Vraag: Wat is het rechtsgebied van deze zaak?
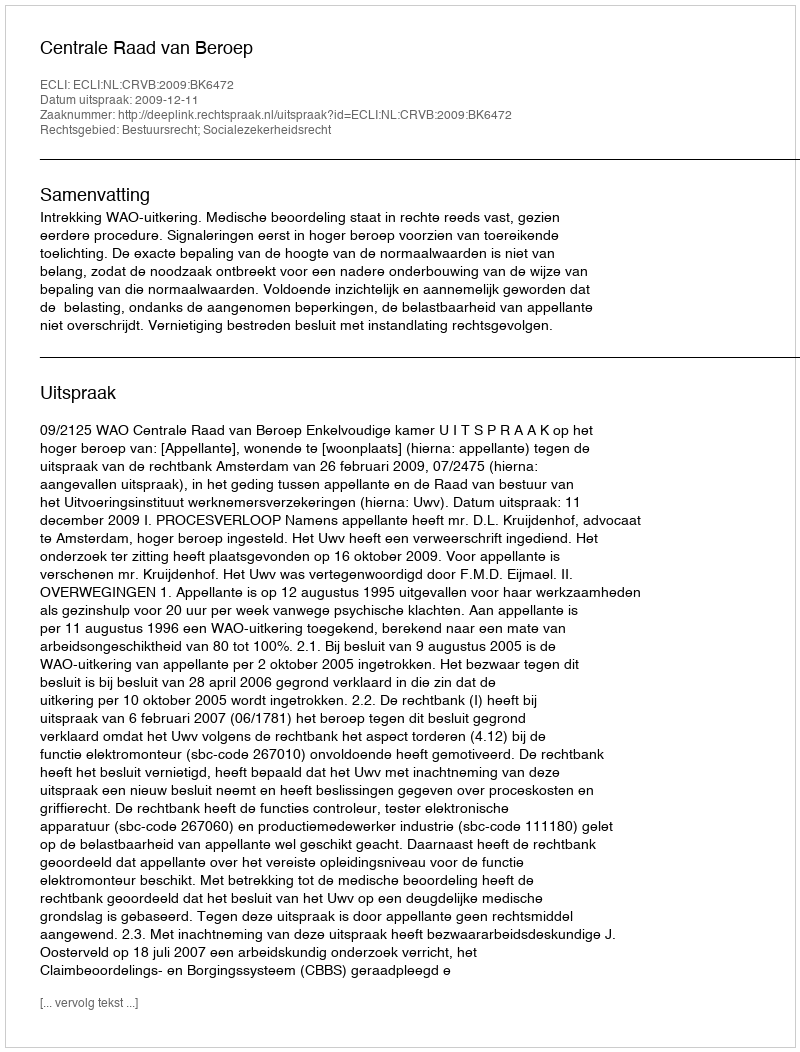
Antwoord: Bestuursrecht; Socialezekerheidsrecht